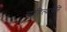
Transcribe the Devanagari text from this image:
साहित्याचेनि